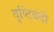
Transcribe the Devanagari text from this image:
दृष्टिबंदी